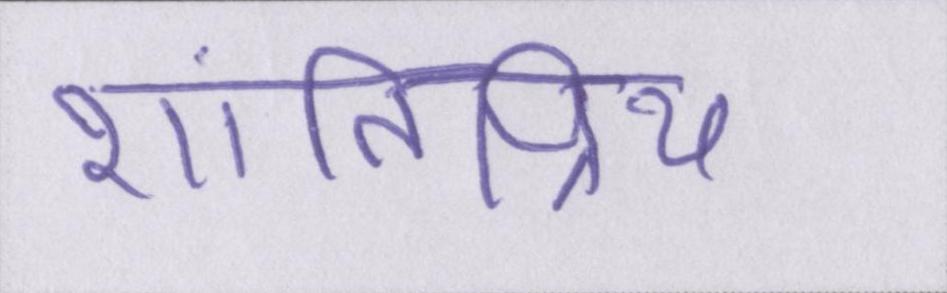
शांतिप्रिय